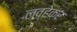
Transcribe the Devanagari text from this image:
लव्हेकर